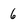
Character: 6